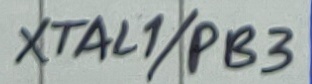
Text: XTAL1/PB3